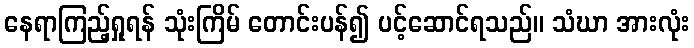
နေရာကြည့်ရှုရန် သုံးကြိမ် တောင်းပန်၍ ပင့်ဆောင်ရသည်။ သံဃာ အားလုံး